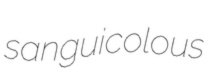
sanguicolous